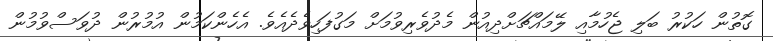
ގޮތުން ހަކުރު ބަލި ޖެހުމާއި ލޭމައްޗަށްދިއުން މެދުވެރިވުމަށް މަގުފަހިވެދެއެވެ. އެހެންކަމުން އުމުރުން ދުވަސްވުމުން